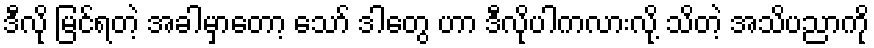
ဒီလို မြင်ရတဲ့ အခါမှာတော့ သော် ဒါတွေ ဟာ ဒီလိုပါကလားလို့ သိတဲ့ အသိပညာကို